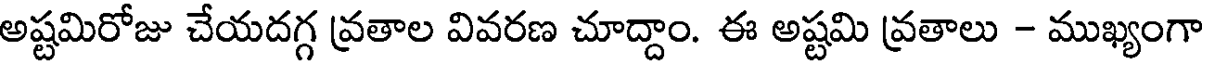
అష్టమిరోజు చేయదగ్గ వ్రతాల వివరణ చూద్దాం. ఈ అష్టమి వ్రతాలు - ముఖ్యంగా